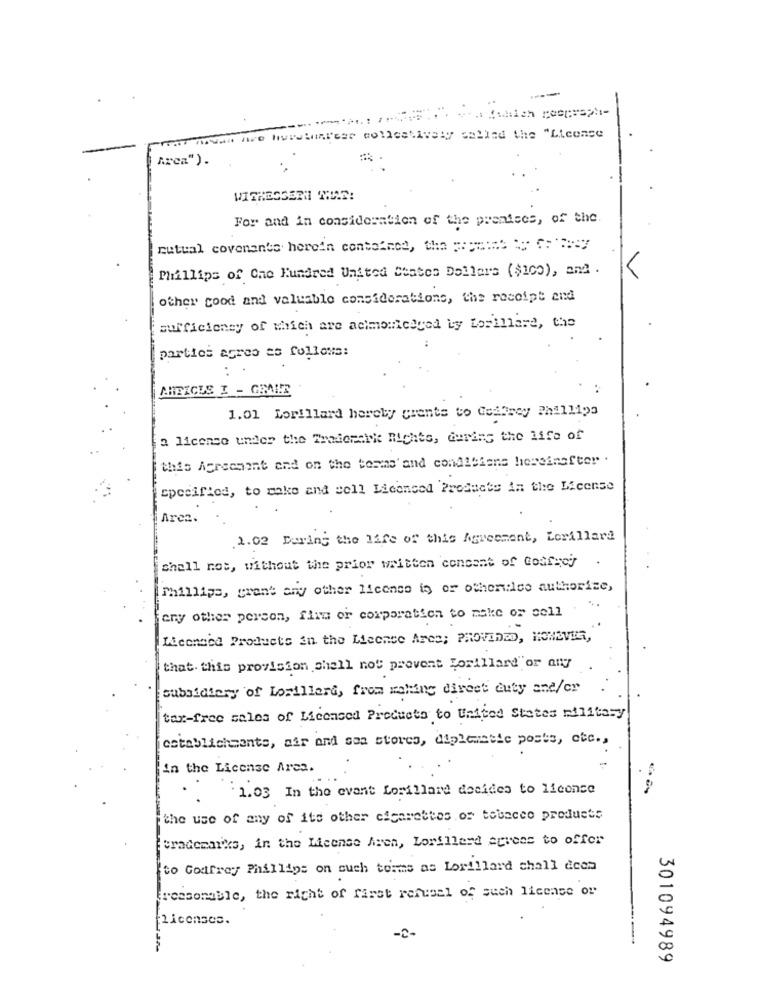
---
far mwan are hurstmarcar collectively calind the "Licence
Arca").
WISHESSERII THE!
For and in consideration of the premises, of the
mutual covenants herein contained, the == ===== == C:'8:57
Millips of One Hundred United States Dollars ($100), and.
V
other cood and valuable considerations, the receipt and
sufficiency of which are acimonicaged by torihave, the
parties agree as follows:
1.01 Lorillard hereby grants to Coafrey Phillips
a license under the Trademarks Rights, during the life of
this Agreement and on the teams' and conditions hereinafter .
specified, to make and cell Licensed Products in the License
Arcz.
2.02 During the life of this Agreement, Lorillard
shall not, without the prior written concent of Godfrey
Phillips, grant any other licenco io or otherdico authorize,
any other person, firm or corporation to make or sell
Licensed Products in the Licence Ares; PROVIDED, HOWEVER,
that this provision shall not prevent forillard or any
subsidiary of Lorillard, frem making direct euty and/or
tax-free sales of Licensed Products to United States military
establishments, air and son stores, diplomatic posts, etc .,
in the License Arca.
1.03 In the event Lorillard decides to license
the use of any of its other cigarettes of tobacco products
trademarks, in the License Aren, Lorillard agrees to offer
to Godfrey Phillips on cuch torms as Lorillard chall deom
reasonable, the right of first refusal of such license or
Licenses.
-2-
301094989